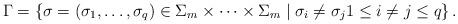
LaTeX: \begin{align*}\Gamma = \left\{ \sigma = (\sigma_{1}, \dotsc , \sigma_{q}) \in \Sigma_{m} \times \dotsb \times \Sigma_{m} \mid \sigma_{i} \neq \sigma_{j} 1 \leq i \neq j \leq q \right\}.\end{align*}